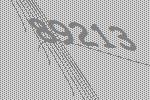
89213